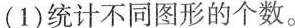
(1)统计不同图形的个数。